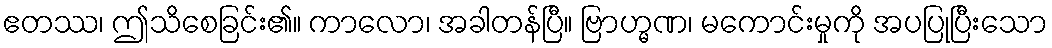
ဧတဿ၊ ဤသိစေခြင်း၏။ ကာလော၊ အခါတန်ပြီ။ ဗြာဟ္မဏ၊ မကောင်းမှုကို အပပြုပြီးသော